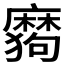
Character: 𰡪